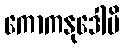
ကောကနုဒေါပိ